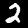
Digit: 2